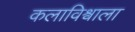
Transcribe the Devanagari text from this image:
कलाविश्वाला